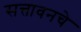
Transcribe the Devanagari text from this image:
सत्तावनचे